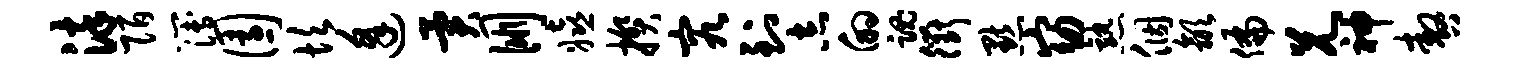
染陌簿园坎逢异朋嬉揆究到志的魂衢默窈熟个歙偏兄神嗷